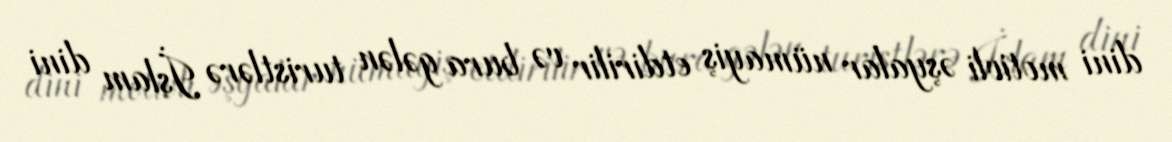
dini motivli əşyalar nümayiş etdirilir və bura gələn turistlərə İslam dini